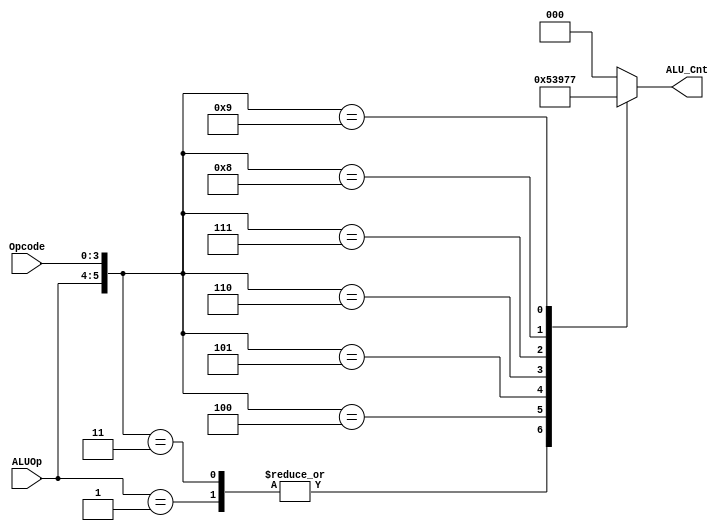
`timescale 1ns / 1ps

module alu_control( ALU_Cnt, ALUOp, Opcode);
 output reg[2:0] ALU_Cnt;
 input [1:0] ALUOp;
 input [3:0] Opcode;
 wire [5:0] ALUControlIn;
 assign ALUControlIn = {ALUOp,Opcode};
 always @(ALUControlIn)
 casex (ALUControlIn)
   6'b10xxxx: ALU_Cnt=3'b000;
   6'b01xxxx: ALU_Cnt=3'b001;
   6'b000010: ALU_Cnt=3'b000;
   6'b000011: ALU_Cnt=3'b001;
   6'b000100: ALU_Cnt=3'b010;
   6'b000101: ALU_Cnt=3'b011;
   6'b000110: ALU_Cnt=3'b100;
   6'b000111: ALU_Cnt=3'b101;
   6'b001000: ALU_Cnt=3'b110;
   6'b001001: ALU_Cnt=3'b111;
  default: ALU_Cnt=3'b000;
  endcase
endmodule